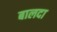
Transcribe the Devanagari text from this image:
बालदा